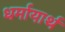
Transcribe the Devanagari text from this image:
धर्मायार्थ